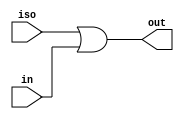
// This program was cloned from: https://github.com/siliconcompiler/lambdalib
// License: MIT License

//#############################################################################
//# Function: Power isolation circuit                                         #
//# Copyright: Lambda Project Authors. All rights Reserved.                   #
//# License:  MIT (see LICENSE file in Lambda repository)                     #
//#############################################################################

module la_isohi #(
    parameter PROP = "DEFAULT"
) (
    input  iso,  // isolation signal
    input  in,   // input
    output out   // out = iso | in
);

    assign out = iso | in;

endmodule